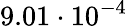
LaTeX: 9.01\cdot 10^{-4}